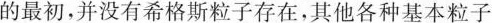
的最初，并没有希格斯粒子存在，其他各种基本粒子